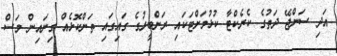
އަދި ސަންޖޭ ދަތުގެ ކެރެކްޓާ ކުޅުމަށްޓަކައި ރަންބީރުގެ ގައިގައި ތަންކޮޅެއް ގިނައިން މަސް